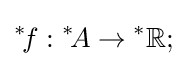
{^{*}\!f}:{^{*}\!A}\rightarrow {^{*}\mathbb {R} };